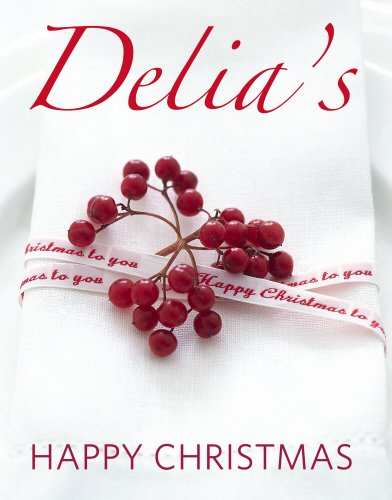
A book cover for Delia's Happy Christmas; Delia Smith; Cookbooks, Food & Wine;